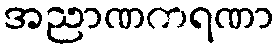
အညာဏကရဏာ